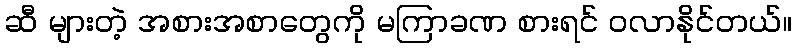
ဆီ များတဲ့ အစားအစာတွေကို မကြာခဏ စားရင် ဝလာနိုင်တယ်။